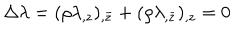
\Delta \lambda = ( \rho \lambda _ { , z } ) _ { , \bar { z } } + ( \rho \lambda _ { , \bar { z } } ) _ { , z } = 0